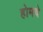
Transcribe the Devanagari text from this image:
होमचे